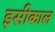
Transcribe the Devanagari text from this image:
इसीकाल